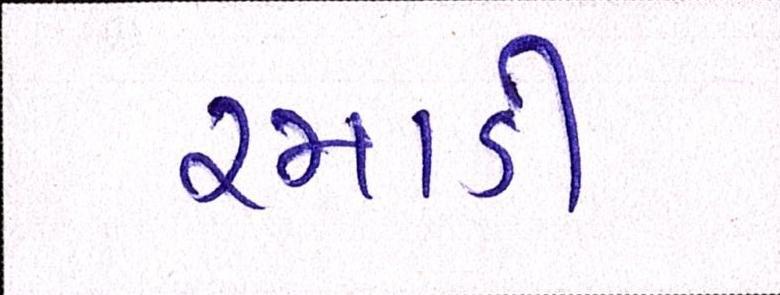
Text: રમાડી